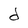
Character: d